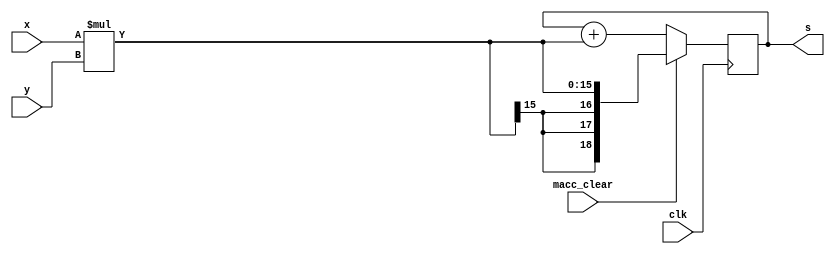
module mac(
	input clk,
	input macc_clear,
	input signed [7:0] x,
	input signed [7:0] y,
	output signed [18:0] s
);
	reg signed [18:0] stored;
	wire signed [18:0] product;
	
	assign product=x*y;
	assign s=stored;
	
	always @(posedge clk)
		stored<=(macc_clear==1'b1)?product:stored+product;
	
endmodule